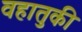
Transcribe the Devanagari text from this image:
वहातुकी